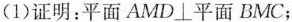
(1)证明：平面AMD\bot 平面BMC；